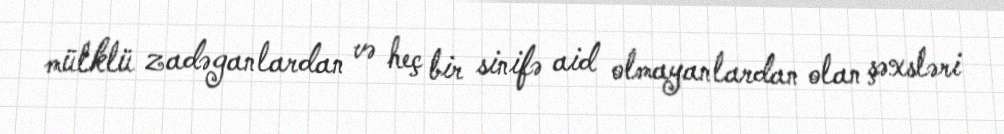
mülklü zadəganlardan və heç bir sinifə aid olmayanlardan olan şəxsləri